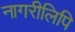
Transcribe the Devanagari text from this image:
नागरीलिपि